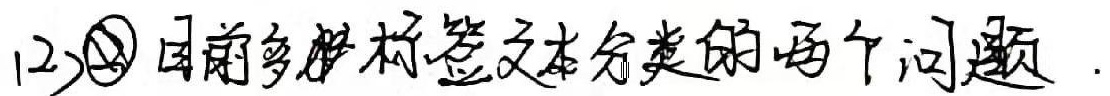
(2) 目前多标签文本分类的两个问题.